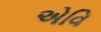
એવિ